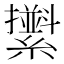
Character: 𦆫